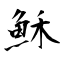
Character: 穌